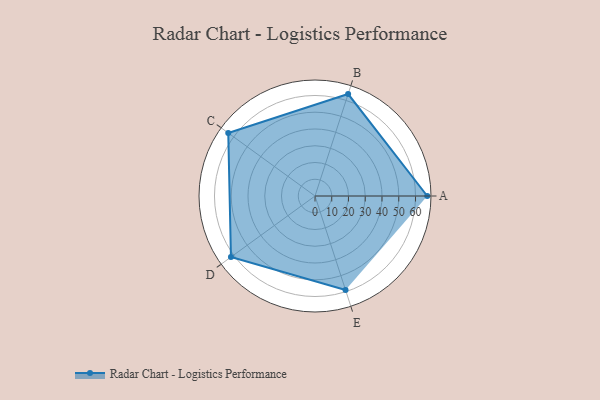
{"axis": {"x": "Skill", "y": "Score"}, "legend": ["Profile"], "data": [{"x": "A", "y": 67.0, "type": "Profile"}, {"x": "B", "y": 64.0, "type": "Profile"}, {"x": "C", "y": 64.0, "type": "Profile"}, {"x": "D", "y": 62.0, "type": "Profile"}, {"x": "E", "y": 59.0, "type": "Profile"}]}